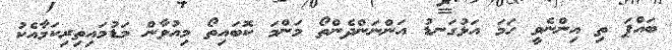
ބައްޕަ ތި އިންނެވީ ހަމަ އަޅުގަނޑު އަންނަންދެންތޯ މަންމަ ކޮބައިތޯ މިއުވާން މަޑުމައިތިރިކަމާއެކު